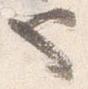
也